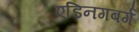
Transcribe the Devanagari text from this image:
एडिनगबर्ग